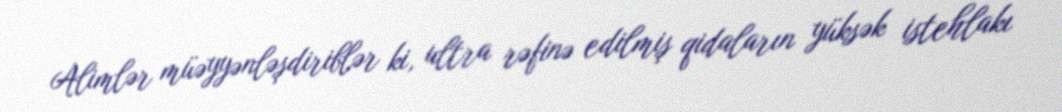
Alimlər müəyyənləşdiriblər ki, ultra rəfinə edilmiş qidaların yüksək istehlakı